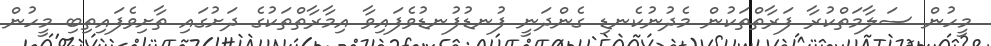
މީހުން ސަލާމަތްކުރާ ފަރާތްތަކުން މެދުނުކެނޑި ގެންދަނީ ފުނޑުފުނޑުވެފައިވާ އިމާރާތްތަކުގެ ދަށުގައި ތާށިވެފައިތިބި މީހުން